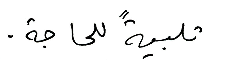
تلبيةً للحاجة.